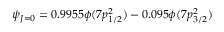
\psi _ { J = 0 } = 0 . 9 9 5 5 \phi ( 7 p _ { 1 / 2 } ^ { 2 } ) - 0 . 0 9 5 \phi ( 7 p _ { 3 / 2 } ^ { 2 } )